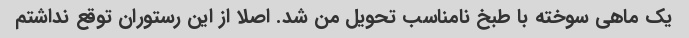
یک ماهی سوخته با طبخ نامناسب تحویل من شد. اصلا از این رستوران توقع نداشتم